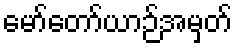
မော်တော်ယာဉ်အမှတ်